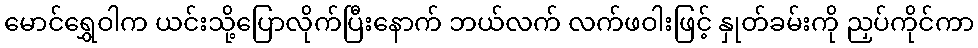
မောင်ရွှေဝါက ယင်းသို့ပြောလိုက်ပြီးနောက် ဘယ်လက် လက်ဖဝါးဖြင့် နှုတ်ခမ်းကို ညှပ်ကိုင်ကာ